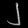
Digit: ၂